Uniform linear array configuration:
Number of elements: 32
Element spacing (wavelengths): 1
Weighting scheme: kaiser
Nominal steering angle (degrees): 0
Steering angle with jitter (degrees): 1.453
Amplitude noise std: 0.05
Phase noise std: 0.05

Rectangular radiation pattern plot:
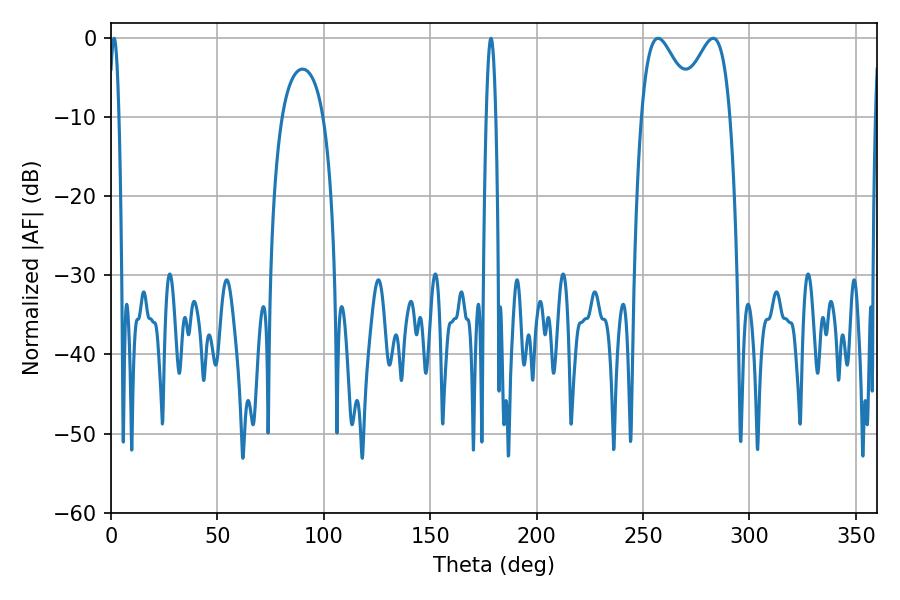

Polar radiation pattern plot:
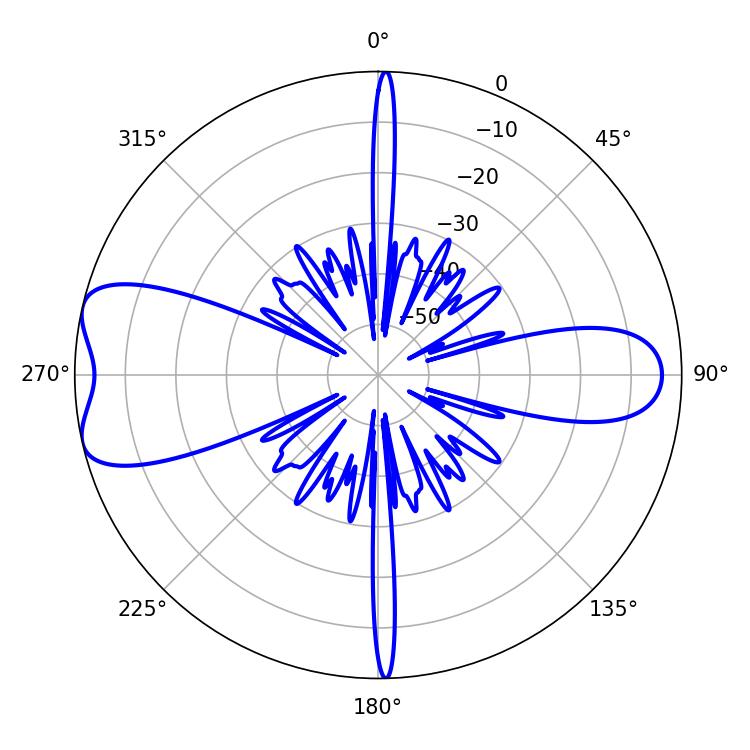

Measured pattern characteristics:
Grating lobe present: TRUE
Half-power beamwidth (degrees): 13.14
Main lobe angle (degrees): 257.04